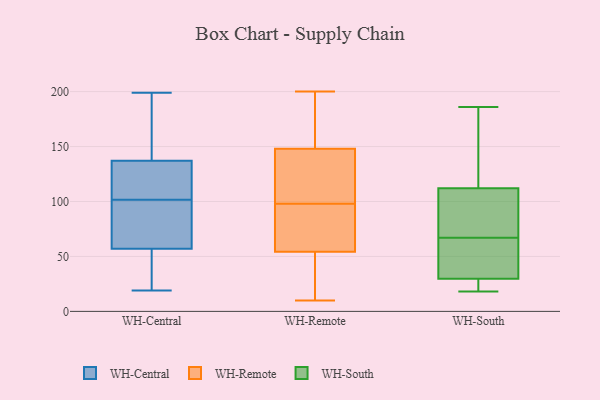
{"axis": {"x": "Operating Costs (USD K)", "y": "Value"}, "legend": ["WH-Central", "WH-Remote", "WH-South"], "data": [{"x": "", "y": 95, "type": "WH-Central"}, {"x": "", "y": 80, "type": "WH-Central"}, {"x": "", "y": 199, "type": "WH-Central"}, {"x": "", "y": 170, "type": "WH-Central"}, {"x": "", "y": 24, "type": "WH-Central"}, {"x": "", "y": 120, "type": "WH-Central"}, {"x": "", "y": 101, "type": "WH-Central"}, {"x": "", "y": 154, "type": "WH-Central"}, {"x": "", "y": 102, "type": "WH-Central"}, {"x": "", "y": 34, "type": "WH-Central"}, {"x": "", "y": 19, "type": "WH-Central"}, {"x": "", "y": 118, "type": "WH-Central"}, {"x": "", "y": 111, "type": "WH-Remote"}, {"x": "", "y": 17, "type": "WH-Remote"}, {"x": "", "y": 95, "type": "WH-Remote"}, {"x": "", "y": 52, "type": "WH-Remote"}, {"x": "", "y": 200, "type": "WH-Remote"}, {"x": "", "y": 55, "type": "WH-Remote"}, {"x": "", "y": 146, "type": "WH-Remote"}, {"x": "", "y": 25, "type": "WH-Remote"}, {"x": "", "y": 62, "type": "WH-Remote"}, {"x": "", "y": 163, "type": "WH-Remote"}, {"x": "", "y": 125, "type": "WH-Remote"}, {"x": "", "y": 95, "type": "WH-Remote"}, {"x": "", "y": 163, "type": "WH-Remote"}, {"x": "", "y": 98, "type": "WH-Remote"}, {"x": "", "y": 154, "type": "WH-Remote"}, {"x": "", "y": 114, "type": "WH-Remote"}, {"x": "", "y": 10, "type": "WH-Remote"}, {"x": "", "y": 25, "type": "WH-South"}, {"x": "", "y": 85, "type": "WH-South"}, {"x": "", "y": 18, "type": "WH-South"}, {"x": "", "y": 35, "type": "WH-South"}, {"x": "", "y": 186, "type": "WH-South"}, {"x": "", "y": 56, "type": "WH-South"}, {"x": "", "y": 67, "type": "WH-South"}, {"x": "", "y": 174, "type": "WH-South"}, {"x": "", "y": 28, "type": "WH-South"}, {"x": "", "y": 121, "type": "WH-South"}, {"x": "", "y": 69, "type": "WH-South"}]}